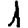
Digit: 1